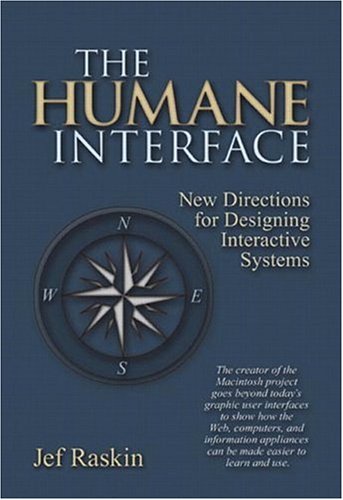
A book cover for The Humane Interface: New Directions for Designing Interactive Systems; Jef Raskin; Computers & Technology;